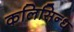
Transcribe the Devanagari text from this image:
कलिसिन्ध